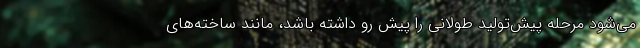
می‌شود مرحله پیش‌تولید طولانی را پیش رو داشته باشد، مانند ساخته‌های